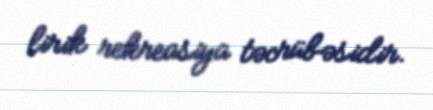
lirik rekreasiya təcrübəsidir.